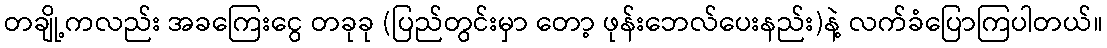
တချို့ကလည်း အခကြေးငွေ တခုခု (ပြည်တွင်းမှာ တော့ ဖုန်းဘေလ်ပေးနည်း)နဲ့ လက်ခံပြောကြပါတယ်။